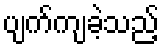
ပျက်ကျခဲ့သည့်